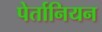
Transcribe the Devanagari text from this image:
पेर्तानियन